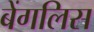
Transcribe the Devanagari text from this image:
बेंगलिस